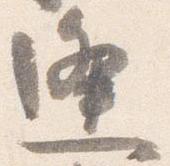
逢